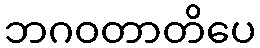
ဘဂဝတာတိပေ